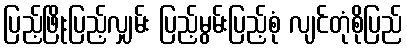
ပြည့်ဖြိုးပြည့်လျှမ်း ပြည့်မွမ်းပြည့်စုံ လျင်တုံစိုပြည်